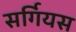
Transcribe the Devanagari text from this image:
सर्गियस